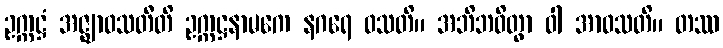
ဥက္ကဋ္ဌံ အဇ္ဈာဝသတီတိ ဥက္ကဋ္ဌနာမကေ နဂရေ ဝသတိ။ အဘိဘဝိတွာ ဝါ အာဝသတိ။ တဿ